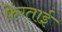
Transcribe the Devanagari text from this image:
फ़ेंग्ताई